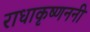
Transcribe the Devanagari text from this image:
राधाकृष्णननी